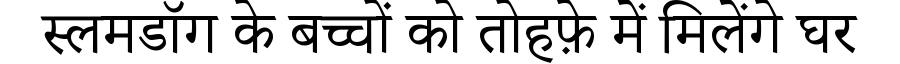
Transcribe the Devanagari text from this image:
स्लमडॉग के बच्चों को तोहफ़े में मिलेंगे घर